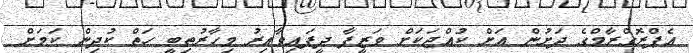
އެޕްރޮގްރާމްގެ ދަށުން އަށް ކުއްޖަކަށް ވަޒީފާ ދީފައިވާއިރު މިހާރުތިބީ ހަތް ކުދިން ކަމަށް